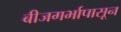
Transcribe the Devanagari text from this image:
बीजगर्भापासून